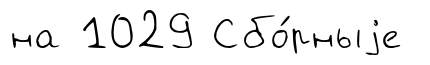
на 1029 Сбо́рныjе